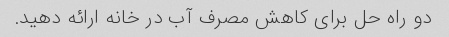
دو راه حل برای کاهش مصرف آب در خانه ارائه دهید.